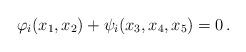
LaTeX: \begin{align*}\varphi_i(x_1, x_2) + \psi_i(x_3, x_4, x_5) = 0 \, . \end{align*}